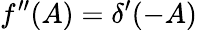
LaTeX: {f^{\prime\prime}(A)=\delta^{\prime}(-A)}